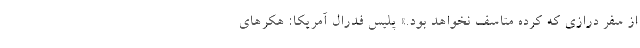
از سفر درازی که کرده متاسف نخواهد بود.» پلیس فدرال آمریکا: هکرهای